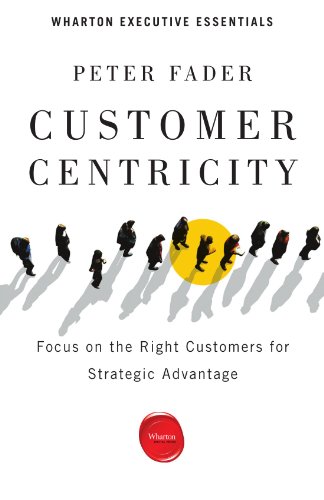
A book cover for Customer Centricity: Focus on the Right Customers for Strategic Advantage (Wharton Executive Essentials); Peter Fader; Business & Money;